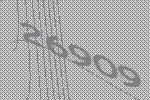
26909